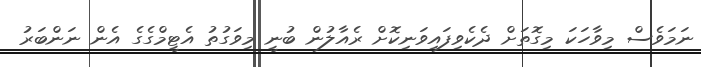
ނަމަވެސް މިވާހަކަ މިގޮތަށް ދެކެވިފައިވަނިކޮށް ރެއާލުން ބުނީ މިވަގުތު އެޓީމްގެގެ އެން ނަންބަރު